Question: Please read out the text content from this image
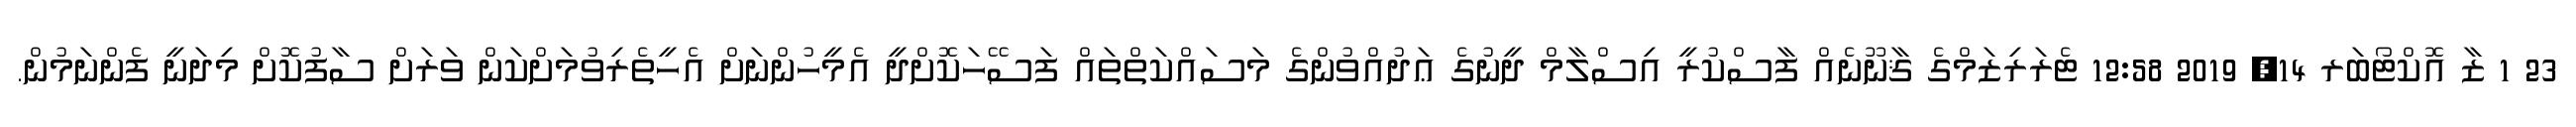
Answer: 23 1 ޒާ އޮކްޓޯބަރ 14, 2019 12:58 ޓެރަރިޒަމްގެ ޤާނޫނެއް ފާސްކުރީ އިސްލާމް ދީނުގެ ޢަދުއްވުންގެ މަސައްކަތްތައް ފަސޭހަކޮށްދީ އެމީހުންނަށް އެހީތެރިވުމަށްކަން ވަރަށް ސާފުކޮށް މިދަނީ ފެންނަމުން.